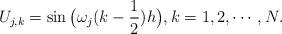
LaTeX: \begin{align*} U_{j,k} = \sin\big(\omega_j (k-\frac12) h \big), k = 1, 2, \cdots, N.\end{align*}